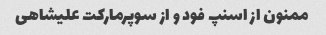
ممنون از اسنپ فود و از سوپرمارکت علیشاهی